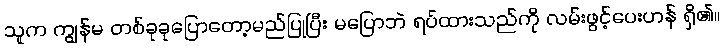
သူက ကျွန်မ တစ်ခုခုပြောတော့မည်ပြုပြီး မပြောဘဲ ရပ်ထားသည်ကို လမ်းဖွင့်ပေးဟန် ရှိ၏။